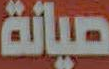
صيانة